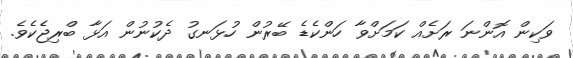
ވަކިން އޮންނަ ރަށެއް ކަމަށްވާ ހަންކެޑެ ބޭރުން ހުޅަނގު ދެކުނުން އަޅާ ބްރިޖެކެވެ.